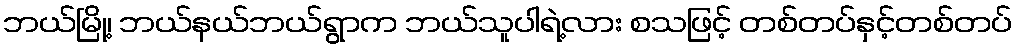
ဘယ်မြို့၊ ဘယ်နယ်ဘယ်ရွာက ဘယ်သူပါရဲ့လား စသဖြင့် တစ်တပ်နှင့်တစ်တပ်